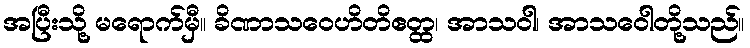
အပြီးသို့ မရောက်မှီ။ ခိဏာသဝေဟိတိဧတ္ထ၊ အာသဝါ၊ အာသဝေါတို့သည်။